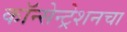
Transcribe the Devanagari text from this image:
कॉन्सेन्ट्रेशनचा